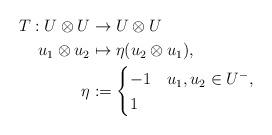
LaTeX: \begin{align*}T:U\otimes U&\to U\otimes U\\u_1\otimes u_2&\mapsto\eta(u_2\otimes u_1),\\\eta&:=\begin{cases}-1 &u_1,u_2\in U^-,\\1 &\end{cases}\end{align*}